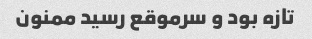
تازه بود و سرموقع رسید ممنون